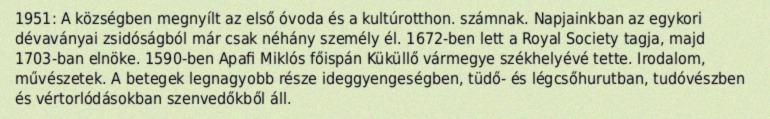
1951: A községben megnyílt az első óvoda és a kultúrotthon. számnak. Napjainkban az egykori dévaványai zsidóságból már csak néhány személy él. 1672-ben lett a Royal Society tagja, majd 1703-ban elnöke. 1590-ben Apafi Miklós főispán Küküllő vármegye székhelyévé tette. Irodalom, művészetek. A betegek legnagyobb része ideggyengeségben, tüdő- és légcsőhurutban, tudóvészben és vértorlódásokban szenvedőkből áll.